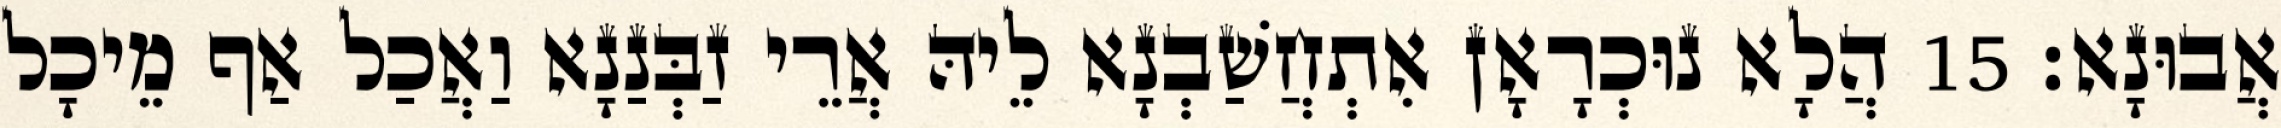
אֲבוּנָא׃ 15 הֲלָא נוּכְרָאָן אִתְחֲשַׁבְנָא לֵיהּ אֲרֵי זַבְּנַנָא וַאֲכַל אַף מֵיכָל